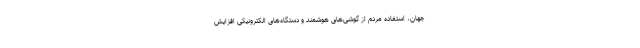
جهان، استفاده مردم از گوشی‌های هوشمند و دستگاه‌های الکترونیکی افزایش